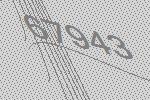
67943